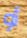
أو